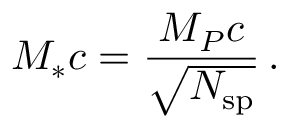
M _ { * } c = \frac { M _ { P } c } { \sqrt { N _ { \mathrm { s p } } } } \, .